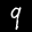
Label: 9